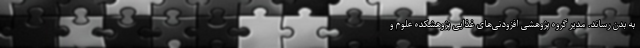
به بدن رساند. مدیر گروه پژوهشی افزودنی‌های غذایی پژوهشکده علوم و